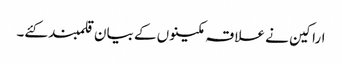
اراکین نے علاقہ مکینوں کے بیان قلمبند کئے۔